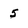
Character: 5